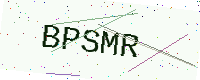
Text: BPSMR